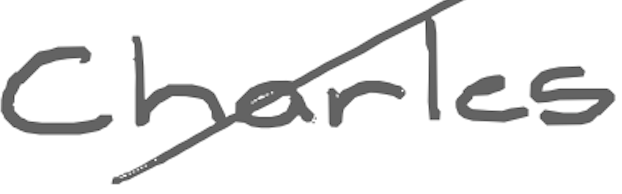
Text: Charles
Cross-out: diagonal
Writing tool: digital_gray